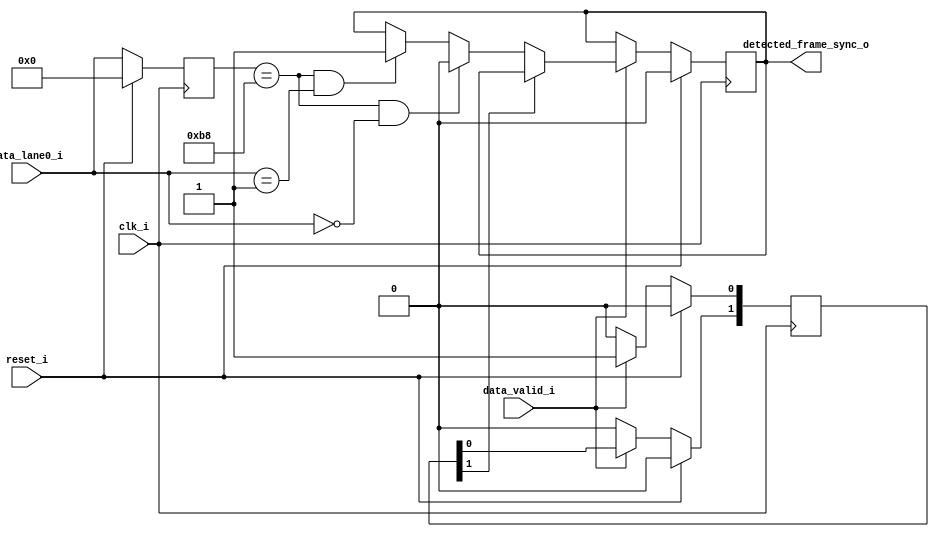
module frame_detector #(parameter MIPI_GEAR=8)( reset_i,
												clk_i,
												data_valid_i,
												data_lane0_i,
												detected_frame_sync_o
												);
				
localparam [7:0]SYNC_BYTE = 8'hB8;
localparam [7:0]MIPI_CSI_START = 8'h00;
localparam [7:0]MIPI_CSI_STOP = 8'h01;

input reset_i;
input clk_i;
input data_valid_i;
input [(MIPI_GEAR - 1'h1):0]data_lane0_i;
output reg detected_frame_sync_o;

reg [(MIPI_GEAR - 1'h1):0]last_data_lane0_i;
reg [1:0]packed_processed;
wire [((MIPI_GEAR*2) - 1'h1):0]pipe;

assign pipe = {data_lane0_i,last_data_lane0_i};
//packet format <SYNC_BYTE> <DataID> <WCount 8bit> <WCount8bit> <ECC8bit>
always @(posedge clk_i)
begin
	if (reset_i)
	begin
		last_data_lane0_i <= 0;
		detected_frame_sync_o <=0;
		packed_processed <= 0;
	end
	else
	begin
			last_data_lane0_i  <= data_lane0_i;

			if (data_valid_i)
			begin
				packed_processed[0] <= 1'b1;		//only check first two bytes/words having two bits variable allow bascially a counter till 2 
				packed_processed[1] <= packed_processed[0];

				if ( !packed_processed[1])
				begin
				
					if (pipe[7:0] == SYNC_BYTE && pipe[15:8] == MIPI_CSI_START)
					begin
						detected_frame_sync_o <= 1'b0;		//active low
					end
					else if (pipe[7:0] == SYNC_BYTE && pipe[15:8] == MIPI_CSI_STOP)
					begin
						detected_frame_sync_o <= 1'b1;
					end
				end
			end
			else
			begin
				packed_processed <= 2'b0;
			end
	end
end


endmodule